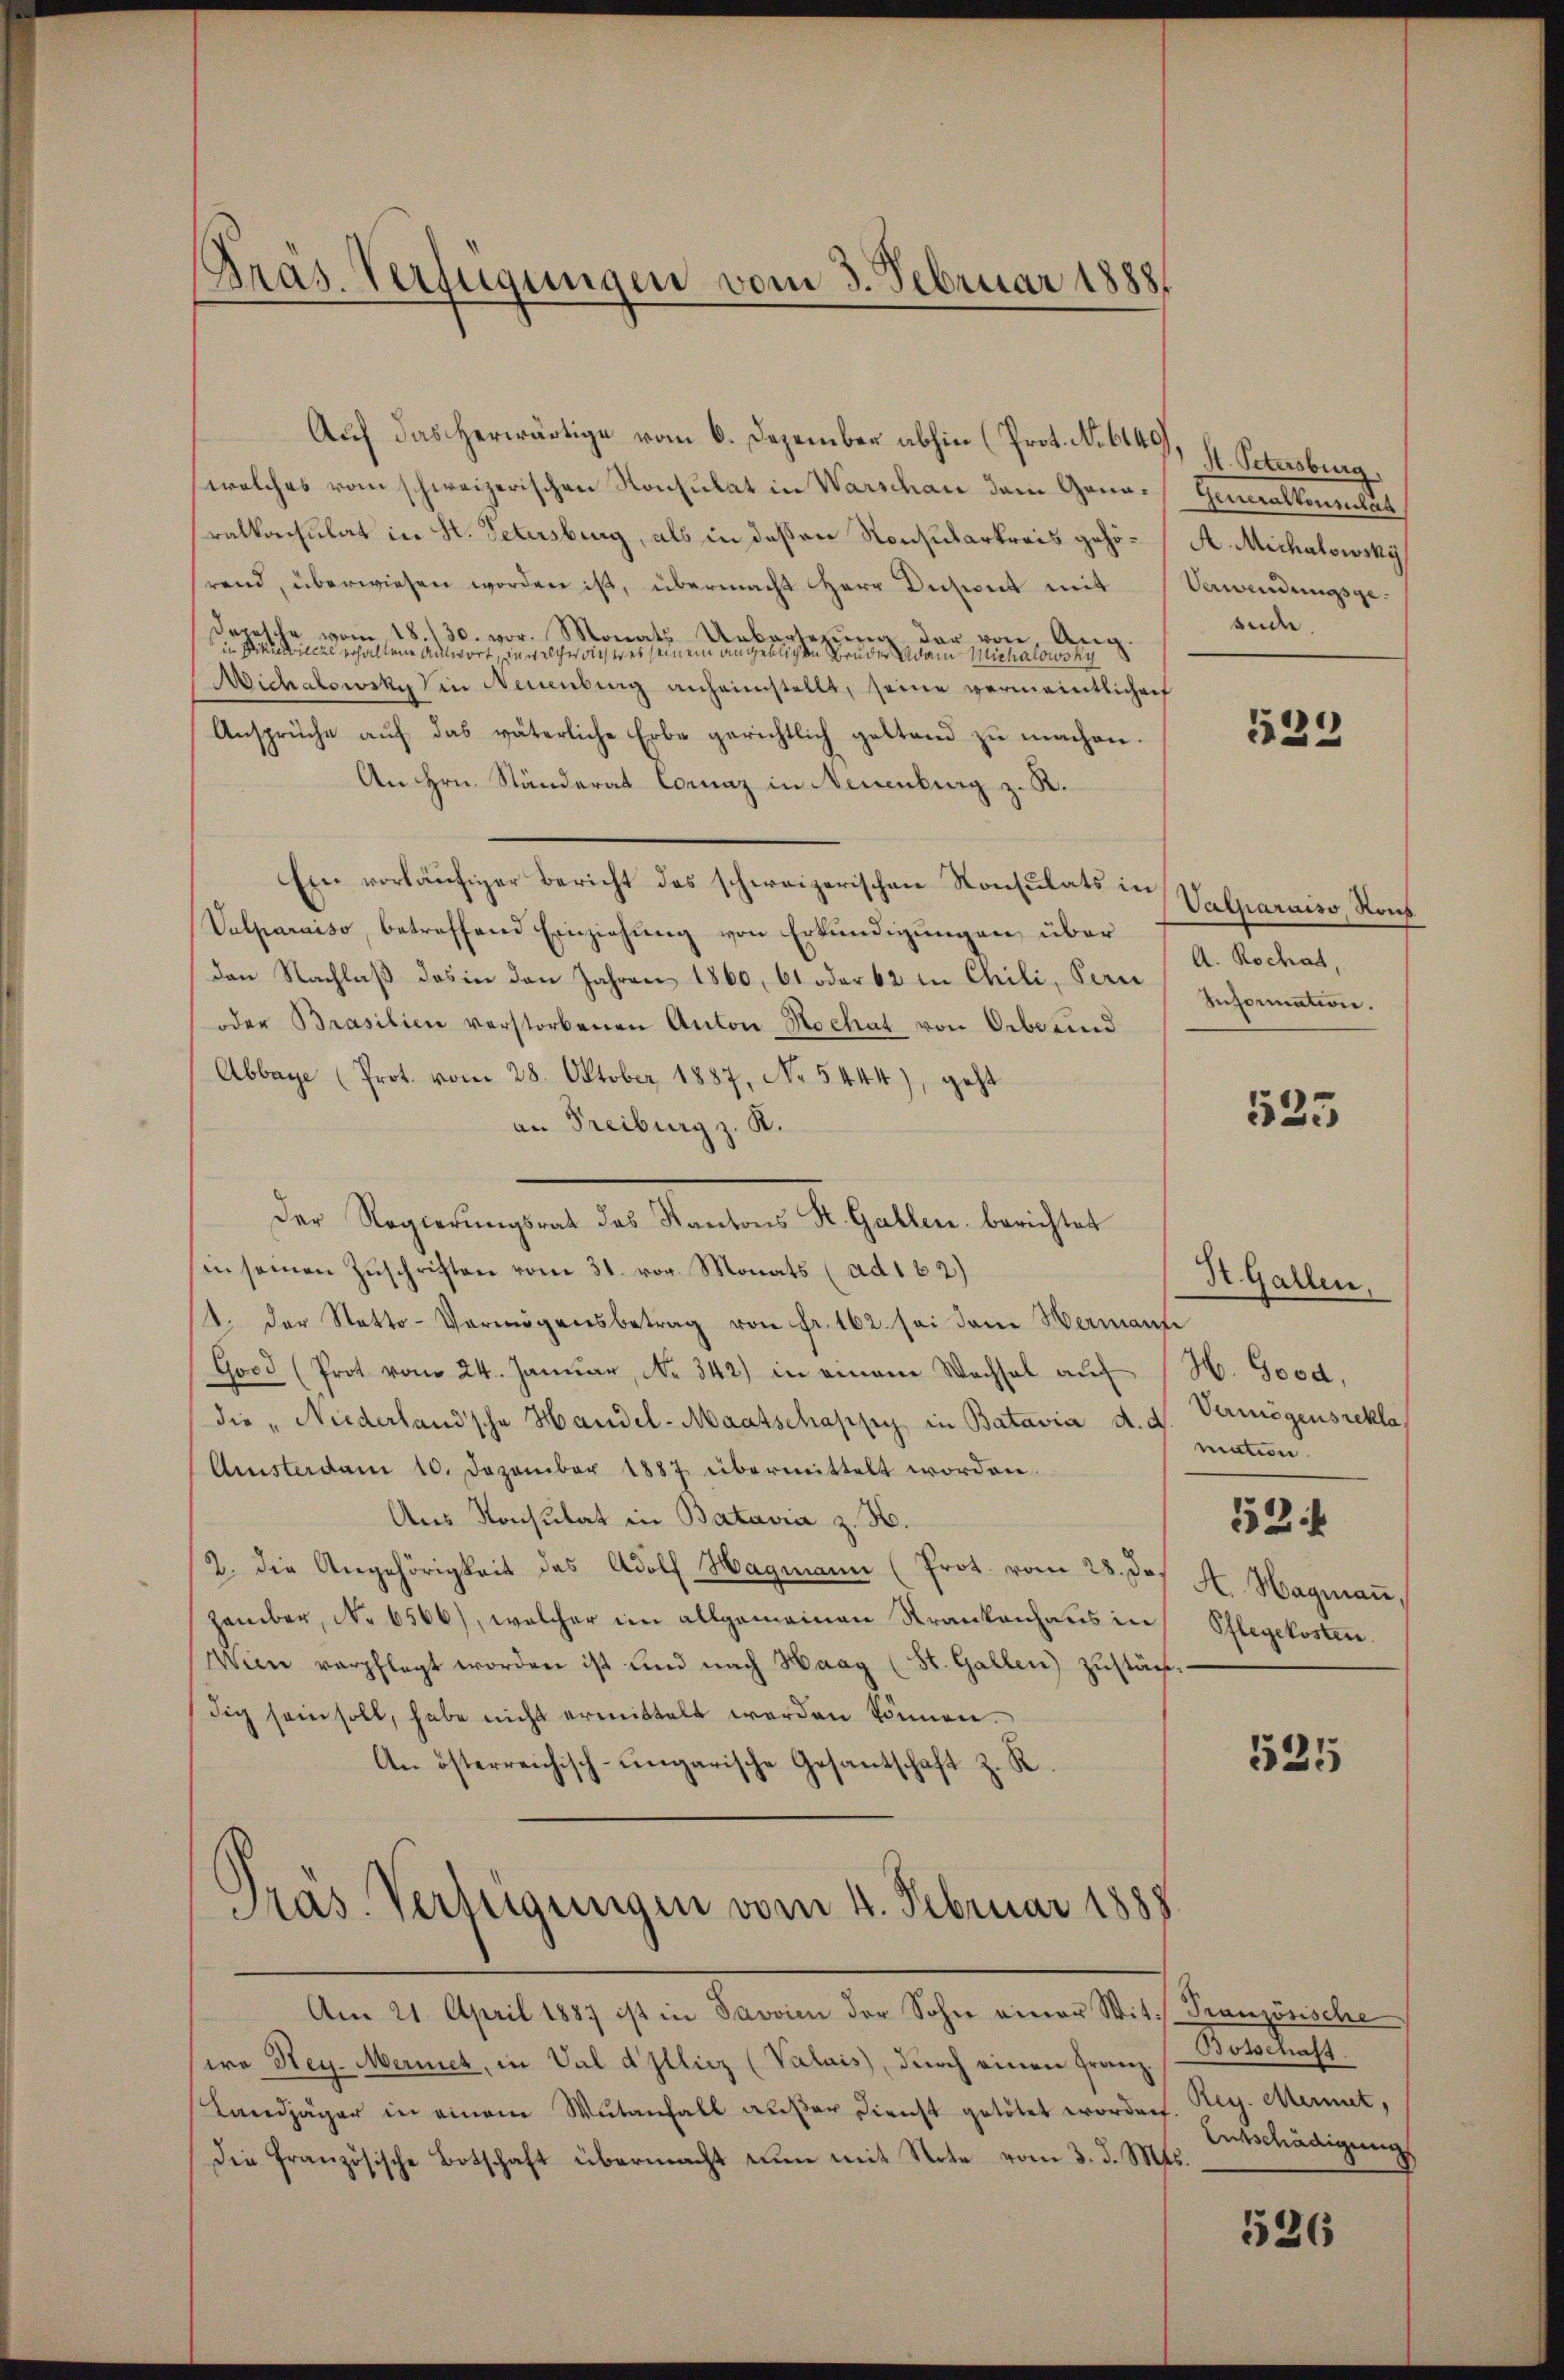
Auf das herwärtige vom 6. Dezember abhin (Prot. No 614, fl. Petersburg,
welches vom schweizerischen Konsulat in Warschau dem Gano-Generalkonsulaa
ralkonsulat in H. Petersburg, als in deßen Ronsularkreis gehö- A. Michalowsky
rend, überwiesen worden ist, übermacht Herr Dichweit mit Verwendungsge-
Depesche vom 18. 130. vor. Monats Urbartezure
in Freundeine erhaltene Antwort, in welcher dies er es seinem angeblichen der einer den Michalowsky
Michalowsky in Neuenburg anheimstellt, seine vermaintlicher
Ansprüche auf das väterliche Erbe gerichtlich gestand zu machen.
An Hrn. Ständerat Corunz in Neuenburg z. R.
Ein vorläŭfiger Bericht des schweizerischen Konsulats in
Valparaiso, betreffend Einziehung von Erkundigungen, über
den Nachlaβ das in den Jahren 1860, 61 oder 62 in Chili, Pare Information.
oder Brasilien verstorbenen Anton Hochat von Oebe und
Abbaye (Prot. vom 28. Oktober 1887, No 5444), geht
an Freiburg z. K.
Der Regierungsrat des Stantons St. Gallen, berichtet
in seinen Zuschriften vom 31. vor. Monats (ad 162)
t. der Statto-Vermögensbetrag von Fr. 162. sei dem Wermann
Good (Prot vom 24. Januar, No. 342) in einem Wechsel aŭf (H. Good,
(die „Niederland'sche Handel-Maatschafsich in Batavia d. d. Vermögensrekla
Amisterdam 10. Dezember 1887 übermittelt worden.
Aus Konsulat in Batavia z. H.
2. die Angehörigkeit des Adolf Hagmann (Prot. vom 28. des H. Hagmaṅ,
zember, No 6566), welcher im allgemeinen Krankenhaus in Pflegekosten.
Wien verpflegt worden ist und nach Haag (St. Gallen) zustächdig sein soll, habe nicht ermittelt werden können.
An österreichisch-ungarische Gesantschaft z. R.
Pras. Verfügungen vom 4. Februar 1888

Pras. Verfügungen vom 3. Februar 1888

dar von Aug.

Am 21. April 1887 ist in Savvien der Sohn einer Wit: Französische

wo Hey-Mernet, in Val d Illicz (Valais, durch einen Franz
Landjäger in einem Wutanfall außer Direcht getötet worden
Die Französische Botschaft übermacht nun mit Note vom 3. d. Mts.

sude.

529

Valparaiso Roh
A. Rochat,

535

St. Gallen,
matin.
52.

525

Botschaft.
Rey. Meinet,
Entschädigung

526